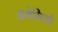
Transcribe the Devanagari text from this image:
अमेलियो